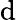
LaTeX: \mathrm{d}